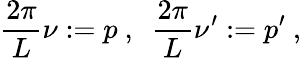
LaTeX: \frac{2\pi}{L}\nu:=p\ ,\ \ \frac{2\pi}{L}\nu^{\prime}:=p^{\prime}\ ,